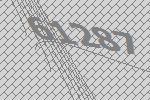
61287